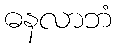
ဓနလာဘံ